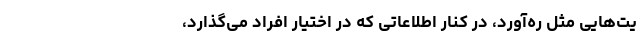
یت‌هایی مثل ره‌آورد، در کنار اطلاعاتی که در اختیار افراد می‌گذارد،